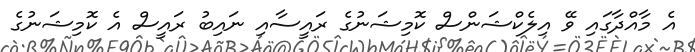
އެ މާއްދާގައި ވޭ އިލެކްޝަންސް ކޮމިޝަނުގެ ރައީސާއި ނައިބު ރައީސް އެ ކޮމިޝަނުގެ